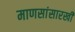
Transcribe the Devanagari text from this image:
माणसांसारखी